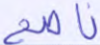
ناصح